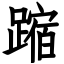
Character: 蹜